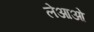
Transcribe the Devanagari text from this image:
लेआओ